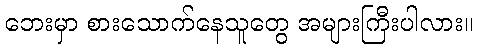
ဘေးမှာ စားသောက်နေသူတွေ အများကြီးပါလား။